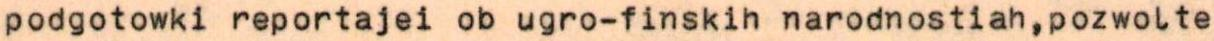
podgotowki reportajei ob ugro-finskih narodnostiah,pozwolte